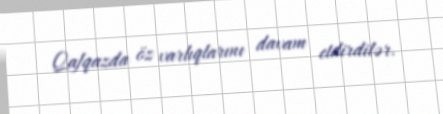
Qafqazda öz varlıqlarını davam etdirdilər.